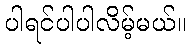
ပါရင်ပါပါလိမ့်မယ်။